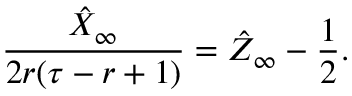
\frac { \hat { X } _ { \infty } } { 2 r ( \tau - r + 1 ) } = \hat { Z } _ { \infty } - \frac { 1 } { 2 } .